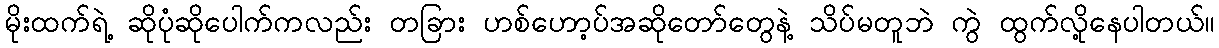
မိုးထက်ရဲ့ ဆိုပုံဆိုပေါက်ကလည်း တခြား ဟစ်ဟော့ပ်အဆိုတော်တွေနဲ့ သိပ်မတူဘဲ ကွဲ ထွက်လို့နေပါတယ်။